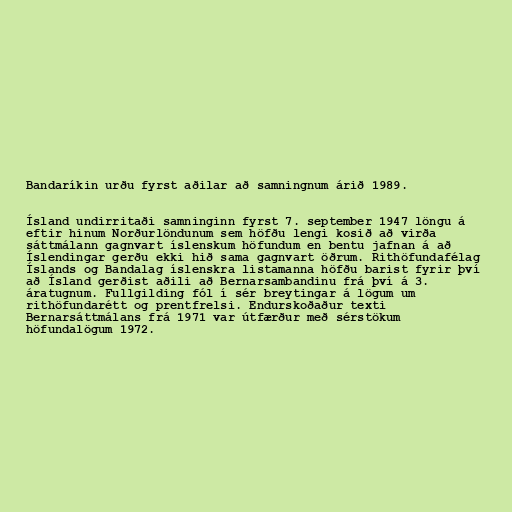
Bandaríkin urðu fyrst aðilar að samningnum árið 1989.

Ísland undirritaði samninginn fyrst 7. september 1947 löngu á
eftir hinum Norðurlöndunum sem höfðu lengi kosið að virða
sáttmálann gagnvart íslenskum höfundum en bentu jafnan á að
Íslendingar gerðu ekki hið sama gagnvart öðrum. Rithöfundafélag
Íslands og Bandalag íslenskra listamanna höfðu barist fyrir því
að Ísland gerðist aðili að Bernarsambandinu frá því á 3.
áratugnum. Fullgilding fól í sér breytingar á lögum um
rithöfundarétt og prentfrelsi. Endurskoðaður texti
Bernarsáttmálans frá 1971 var útfærður með sérstökum
höfundalögum 1972.